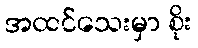
အထင်သေးမှာ စိုး